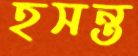
হসন্ত